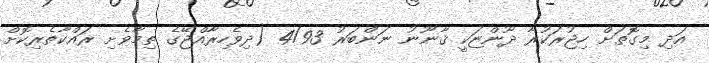
އަދި މިގޮތަށް ހިޖުރަކުރާ ދޫންޏަކީ ޤާނޫނު ނަންބަރު 4/93 (ދިވެހިރާއްޖޭގެ ތިމާވެށި ރައްކާތެރިކޮށް